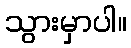
သွားမှာပါ။